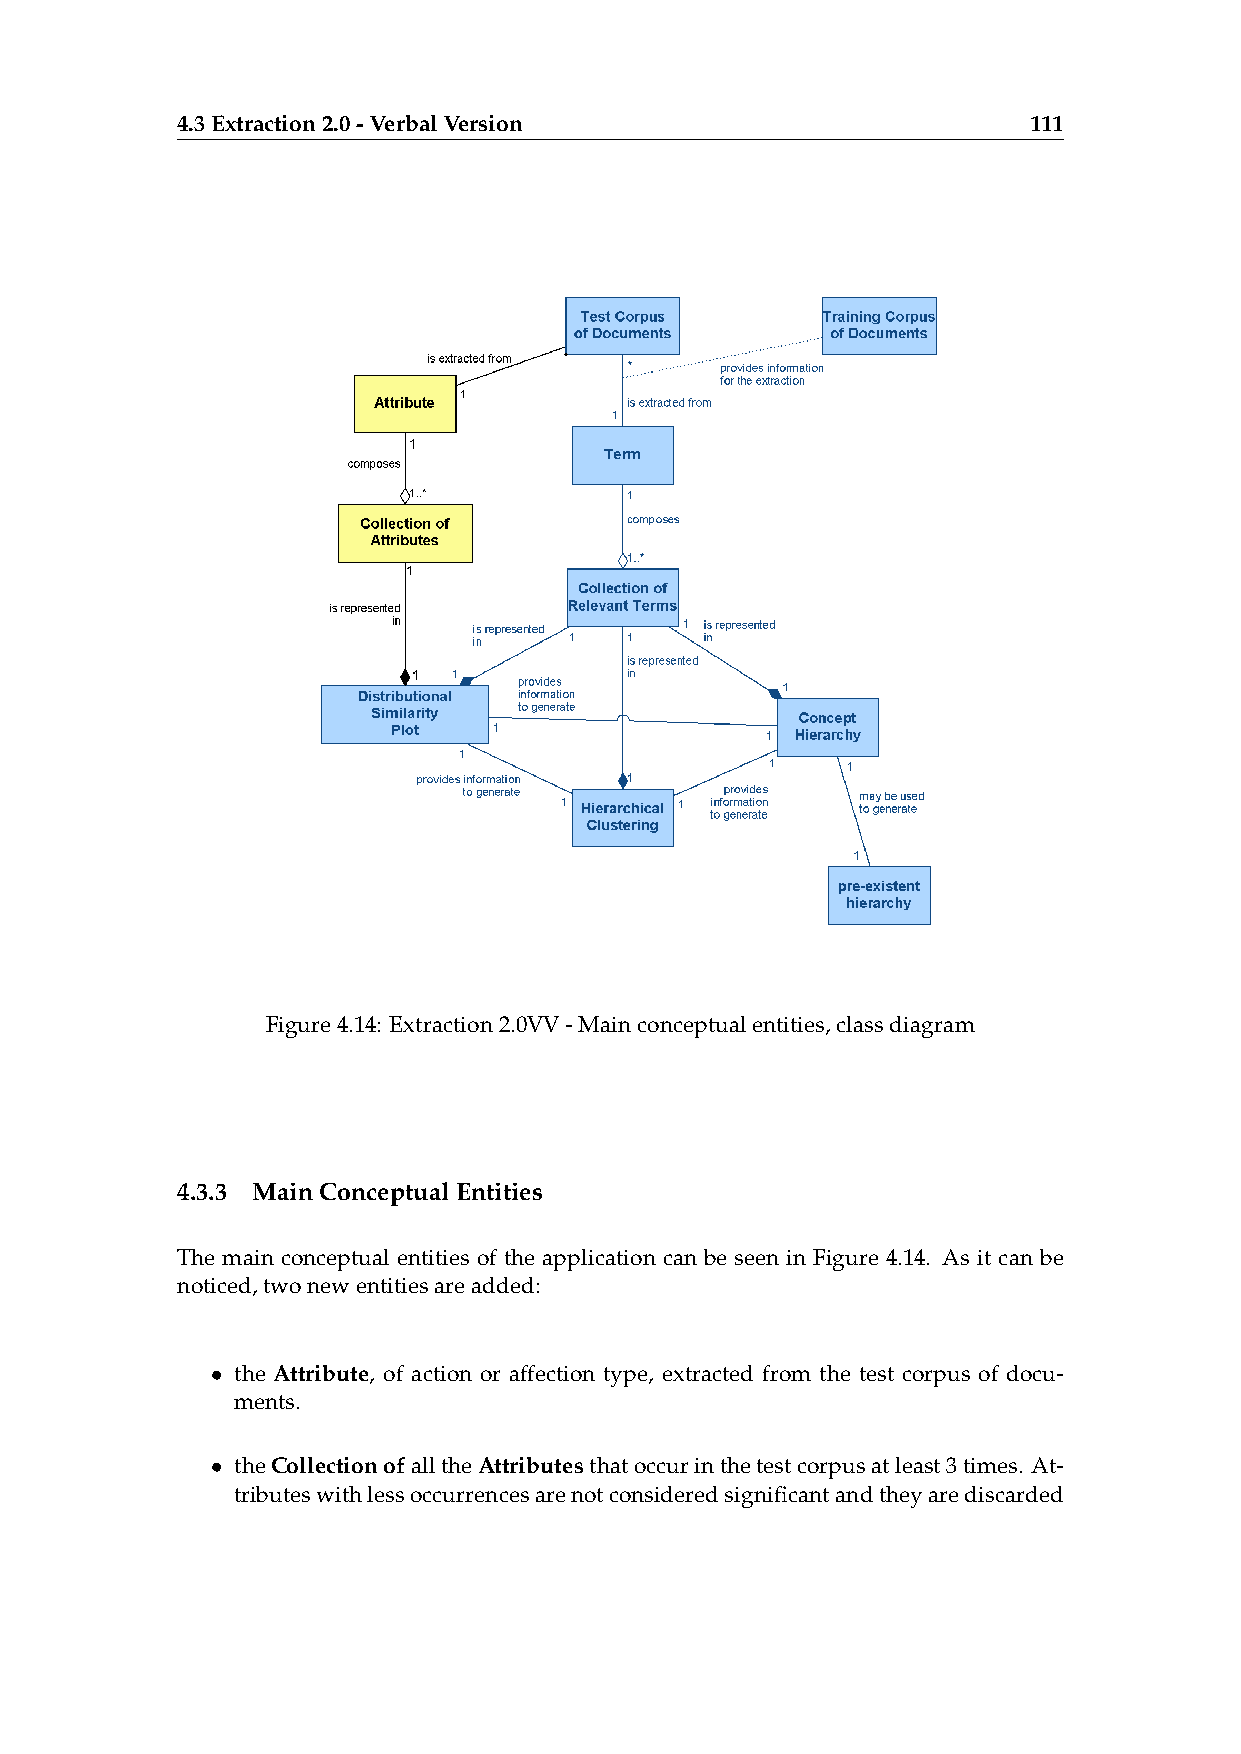
4.3Extraction2.0-VerbalVersion                          111
 Figure4.14: Extraction2.0VV-Mainconceptualentities,classdiagram
 4.3.3 MainConceptualEntities
 The main conceptual entities of the application can be seen in Figure 4.14. As it can be
 noticed,twonewentitiesareadded:
 • the Attribute, of action or affection type, extracted from the test corpus of docu-
 ments.
 • theCollectionofalltheAttributesthatoccurinthetestcorpusatleast3times. At-
 tributeswithlessoccurrencesarenotconsideredsignificantandtheyarediscarded